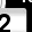
Digit: 2